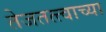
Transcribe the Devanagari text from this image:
तेजतत्त्वाच्या